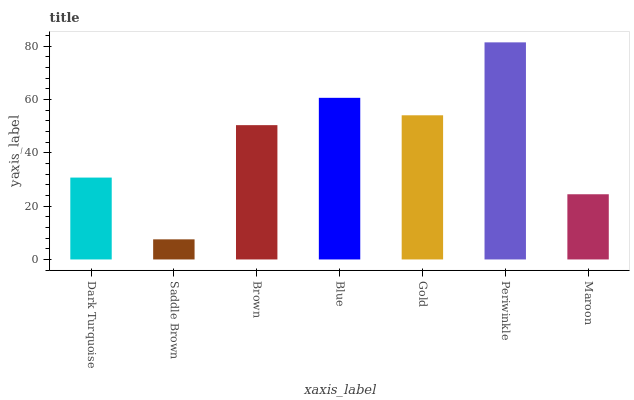
| xaxis_label | bars |
 | --- | --- |
 | Dark Turquoise | 30.7 |
 | Saddle Brown | 7.54 |
 | Brown | 50.4 |
 | Blue | 60.6 |
 | Gold | 54.1 |
 | Periwinkle | 81.4 |
 | Maroon | 24.5 |